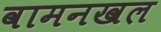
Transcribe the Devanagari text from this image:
वामनखल